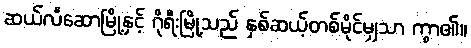
ဆယ်လီဆောမြို့နှင့် ဂိုရီးမြို့သည် နှစ်ဆယ့်တစ်မိုင်မျှသာ ကွာ၏။